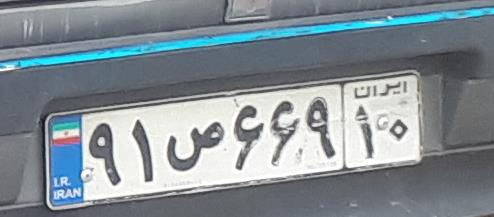
۹۱ص۶۶۹۱۰